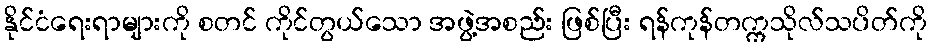
နိုင်ငံရေးရာများကို စတင် ကိုင်တွယ်သော အဖွဲ့အစည်း ဖြစ်ပြီး ရန်ကုန်တက္ကသိုလ်သပိတ်ကို